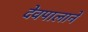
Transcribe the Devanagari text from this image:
देवपालाने